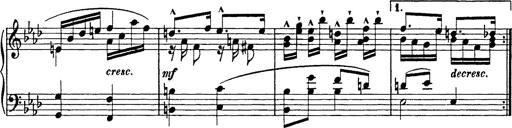
Title: 8 Variations
Composer: Franz Liszt
Key: A-flat major